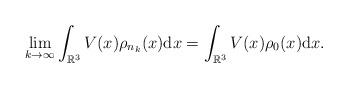
LaTeX: \begin{align*}\lim_{k\to\infty}\int_{\mathbb{R}^{3}}V(x)\rho_{n_k}(x){\rm d}x = \int_{\mathbb{R}^{3}}V(x)\rho_{0}(x){\rm d}x.\end{align*}